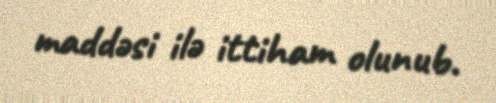
maddəsi ilə ittiham olunub.